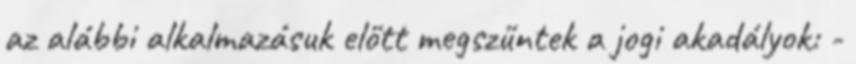
az alábbi alkalmazásuk előtt megszűntek a jogi akadályok: -